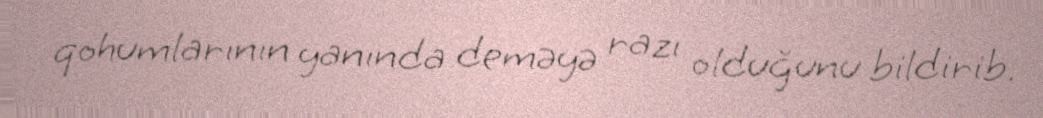
qohumlarının yanında deməyə razı olduğunu bildirib.